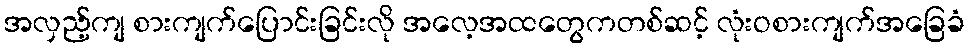
အလှည့်ကျ စားကျက်ပြောင်းခြင်းလို အလေ့အထတွေကတစ်ဆင့် လုံးဝစားကျက်အခြေခံ